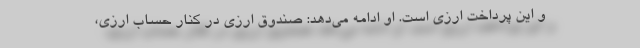
و این پرداخت ارزی است. او ادامه می‌دهد: صندوق ارزی در كنار حساب ارزی،